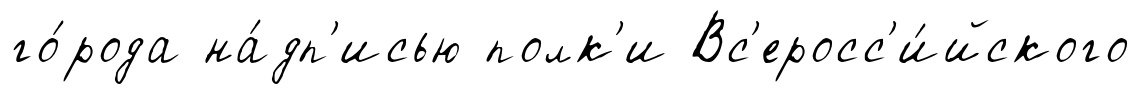
го́рода на́дп'исью полк'и Вс'еросс'и́йского